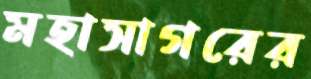
মহাসাগরের